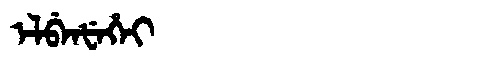
Manchu: ᡝᠯᠪᡝᠨᡶᡝᡥᡝᡳ
Romanization: ELBENFEHEI